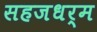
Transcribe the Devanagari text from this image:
सहजधर्म